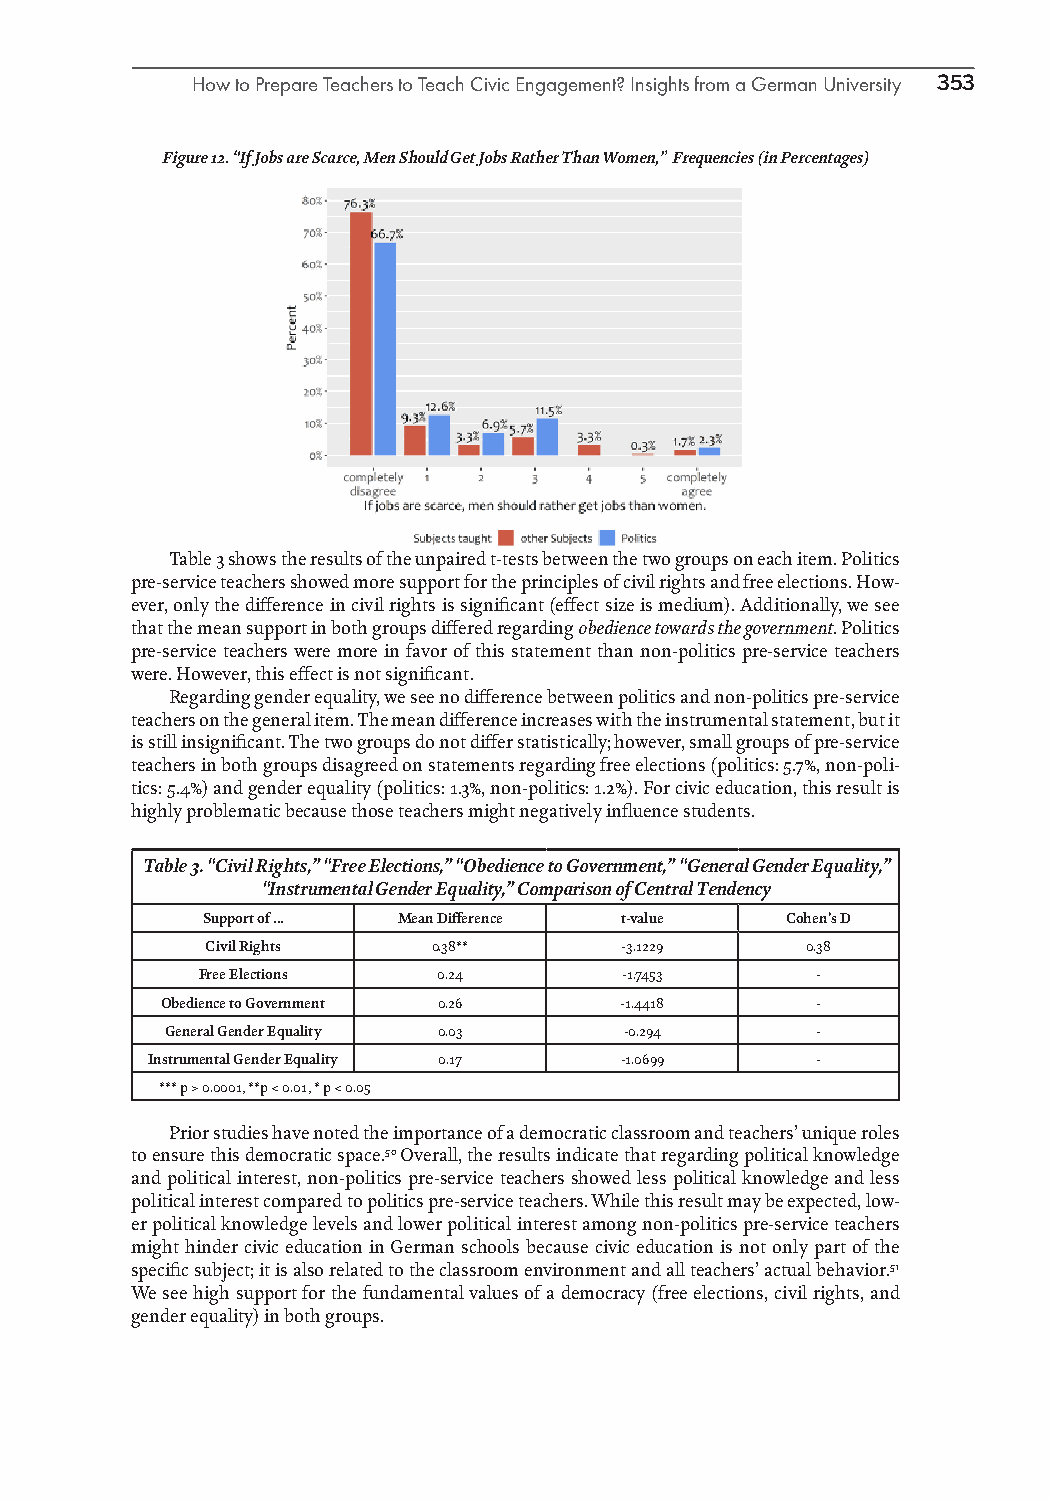
How to Prepare Teachers to Teach Civic Engagement? Insights from a German University 353
 Figure 12. “If Jobs are Scarce, Men Should Get Jobs Rather Than Women,” Frequencies (in Percentages)
 Table 3 shows the results of the unpaired t-tests between the two groups on each item. Politics
 pre-service teachers showed more support for the principles of civil rights and free elections. How-
 ever, only the difference in civil rights is significant (effect size is medium). Additionally, we see
 that the mean support in both groups differed regarding obedience towards the government. Politics
 pre-service teachers were more in favor of this statement than non-politics pre-service teachers
 were. However, this effect is not significant.
 Regarding gender equality, we see no difference between politics and non-politics pre-service
 teachers on the general item. The mean difference increases with the instrumental statement, but it
 is still insignificant. The two groups do not differ statistically; however, small groups of pre-service
 teachers in both groups disagreed on statements regarding free elections (politics: 5.7%, non-poli-
 tics: 5.4%) and gender equality (politics: 1.3%, non-politics: 1.2%). For civic education, this result is
 highly problematic because those teachers might negatively influence students.
 Table 3. “Civil Rights,” “Free Elections,” “Obedience to Government,” “General Gender Equality,”
 “Instrumental Gender Equality,” Comparison of Central Tendency
 Support of ... Mean Difference t-value Cohen’s D
 Civil Rights   0.38**      -3.1229     0.38
 Free Elections  0.24        -1.7453      -
 Obedience to Government 0.26  -1.4418      -
 General Gender Equality 0.03  -0.294       -
 Instrumental Gender Equality 0.17 -1.0699   -
 *** p > 0.0001, **p < 0.01, * p < 0.05
 Prior studies have noted the importance of a democratic classroom and teachers’ unique roles
 to ensure this democratic space.50 Overall, the results indicate that regarding political knowledge
 and political interest, non-politics pre-service teachers showed less political knowledge and less
 political interest compared to politics pre-service teachers. While this result may be expected, low-
 er political knowledge levels and lower political interest among non-politics pre-service teachers
 might hinder civic education in German schools because civic education is not only part of the
 specific subject; it is also related to the classroom environment and all teachers’ actual behavior.51
 We see high support for the fundamental values of a democracy (free elections, civil rights, and
 gender equality) in both groups.